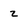
Character: z